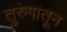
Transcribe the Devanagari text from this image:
तुरुंगांतून